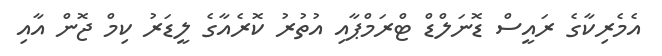
އެމެރިކާގެ ރައީސް ޑޮނަލްޑް ޓްރަމްޕާއި އުތުރު ކޮރެއާގެ ލީޑަރު ކިމް ޖޮން އާއި